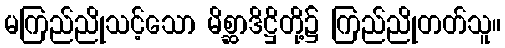
မကြည်ညိုသင့်သော မိစ္ဆာဒိဋ္ဌိတို့၌ ကြည်ညိုတတ်သူ။